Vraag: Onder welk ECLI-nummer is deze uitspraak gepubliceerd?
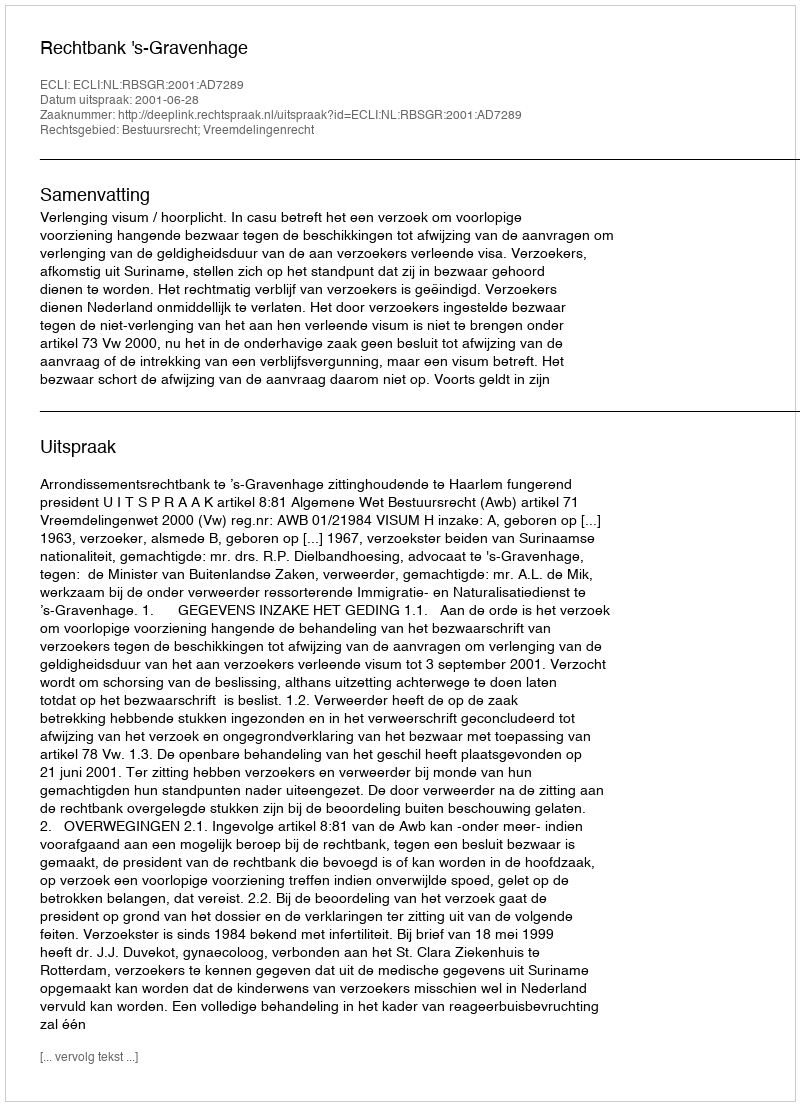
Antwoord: ECLI:NL:RBSGR:2001:AD7289